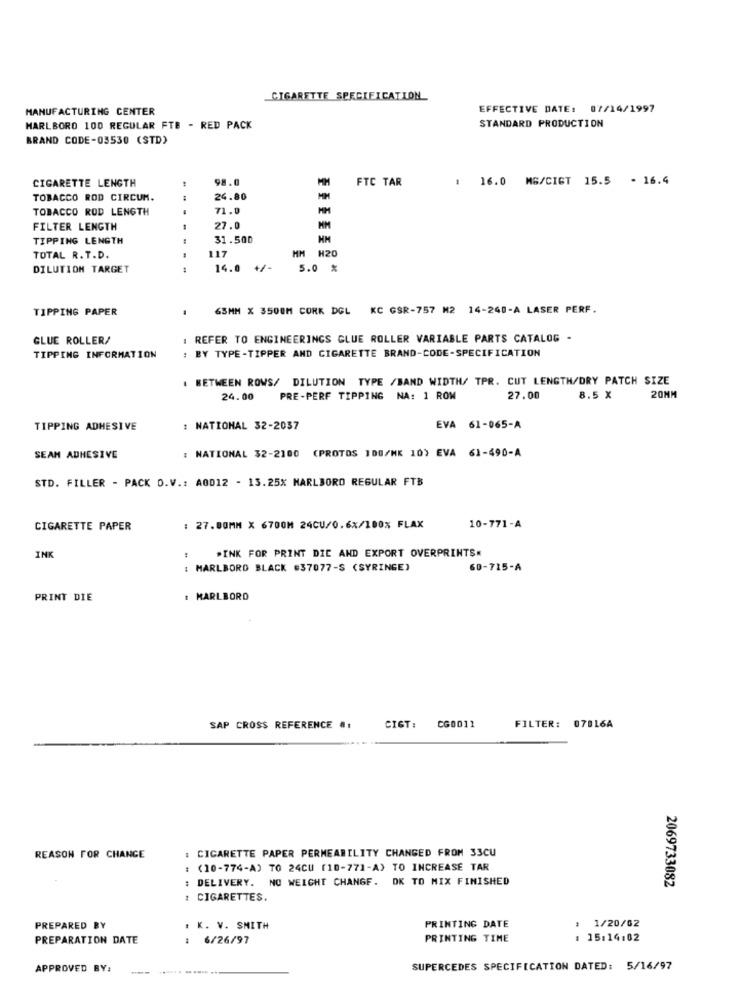
CIGARETTE SPECIFICATION
MANUFACTURING CENTER
EFFECTIVE DATE: 07/14/1997
STANDARD PRODUCTION
MARLBORO 100 REGULAR FTB - RED PACK
BRAND CODE-03530 (STD)
CIGARETTE LENGTH
98.0
FTC TAR
16.0 MG/CIGT 15.5 - 16.4
TOBACCO ROD CIRCUM.
24.80
-
TOBACCO ROD LENGTH
71.0
FILTER LENGTH
27.0
TIPPING LENGTH
31.500
HM
117
TOTAL R.T.D.
HM H20
DILUTION TARGET
--
14.0
+/-
5.0 %
TIPPING PAPER
65MM X 3500M CORK DGL KC GSR-757 M2 14-240-A LASER PERF.
GLUE ROLLER/
I REFER TO ENGINEERINGS GLUE ROLLER VARIABLE PARTS CATALOG -
: BY TYPE -TIPPER AND CIGARETTE BRAND-CODE-SPECIFICATION
TIPPING INFORMATION
: BETWEEN ROWS/ DILUTION TYPE /BAND WIDTH/ TPR. CUT LENGTH/DRY PATCH SIZE
24.00
PRE-PERF TIPPING NA: 1 ROM
27.00
8.5 X
20MM
TIPPING ADHESIVE
: NATIONAL 32-2037
EVA 61-065-A
: NATIONAL 32-2100 (PROTOS 1DO/MK 10) EVA 61-490-A
SEAM ADHESIVE
STD. FILLER - PACK O.V .: A0012 - 13.25% MARLBORO REGULAR FTB
CIGARETTE PAPER
: 27.SOMM X 6700M 24CU/0.6x/100% FLAX
10-771-A
PINK FOR PRINT DIC AND EXPORT OVERPRINTS#
INK
: MARLBORD BLACK #37077-S (SYRINGE)
60-715-A
PRINT DIE
: MARLBORO
SAP CROSS REFERENCE #:
CIGT:
CG0011
FILTER: 07016A
: CIGARETTE PAPER PERMEABILITY CHANGED FROM 33CU
REASON FOR CHANGE
(10-774-A) TO 24CU (10-771-A) TO INCREASE TAR
: DELIVERY. NO WELCHE CHANGE. OK TO MIX FINISHED
2069733082
: CIGARETTES.
PREPARED BY
: K. V. SMITH
PRINTING DATE
: 1/20/02
PREPARATION DATE
: 6/26/97
PRINTING TIME
: 15:14:02
APPROVED BY:
...... ...... ...
SUPERCEDES SPECIFICATION DATED: 5/16/97